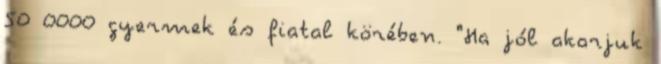
50 0000 gyermek és fiatal körében. "Ha jól akarjuk